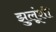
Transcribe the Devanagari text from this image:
झुलूंशी